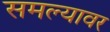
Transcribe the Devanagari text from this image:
समल्यावर